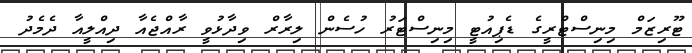
ޓޫރިޒަމް މިނިސްޓްރީގެ ޑެޕިއުޓީ މިނިސްޓަރު ހުސެން ލިރާރް ވިދާޅުވީ ރާއްޖެއާ ދިއްލީއާ ދެމެދު